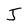
Character: J